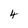
Character: 4